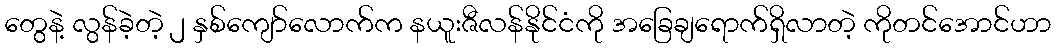
တွေနဲ့ လွန်ခဲ့တဲ့ ၂ နှစ်ကျော်လောက်က နယူးဇီလန်နိုင်ငံကို အခြေချရောက်ရှိလာတဲ့ ကိုတင်အောင်ဟာ